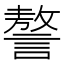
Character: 謷